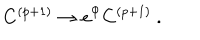
LaTeX: C ^ { ( p + 1 ) } \rightarrow e ^ { \Phi } C ^ { ( p + 1 ) } \ .